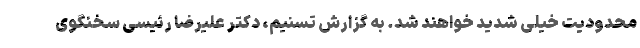
محدودیت خیلی شدید خواهند شد. به گزارش تسنیم، دکتر علیرضا رئیسی سخنگوی